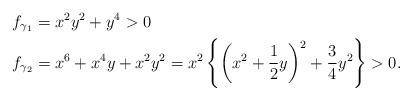
LaTeX: \begin{align*} f_{\gamma_1} & = x^2y^2 + y^4>0\\ f_{\gamma_2} & = x^6 + x^4y + x^2y^2 = x^2\left\{\left(x^2 + \frac{1}{2}y\right)^2 + \frac{3}{4}y^2\right\}>0.\end{align*}